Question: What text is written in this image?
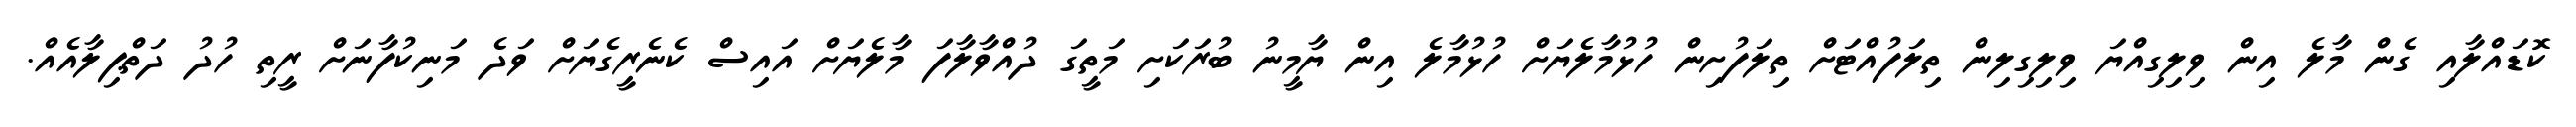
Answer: ކޮޑައްލާއި ގެން މާލެ އިން ވިލިގިއްޔަ ވިލިގިލިން ތިލަފުއްޓަށް ތިލަފުށިން ހުޅުމާލެޔަށް ހުޅުމާލެ އިން ޔާމީނު ބުރަކަށި މަތީގަ ދުއްވާލާފަ މާލެޔަށް އައިސް ކެނެރީގެޔަށް ވަދެ މަނިކުފާނަށް ރީތި ހުދު ދަތްޕިލާއެއް.